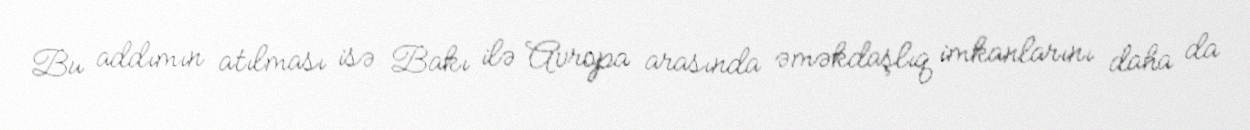
Bu addımın atılması isə Bakı ilə Avropa arasında əməkdaşlıq imkanlarını daha da